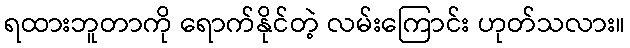
ရထားဘူတာကို ရောက်နိုင်တဲ့ လမ်းကြောင်း ဟုတ်သလား။